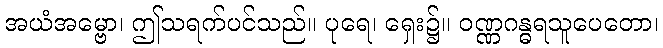
အယံအမ္ဗော၊ ဤသရက်ပင်သည်။ ပုရေ၊ ရှေး၌။ ဝဏ္ဏဂန္ဓရသူပေတော၊